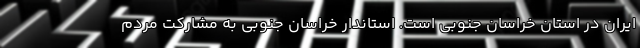
ایران در استان خراسان جنوبی است. استاندار خراسان جنوبی به مشارکت مردم